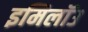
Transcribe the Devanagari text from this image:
इमिलॉउ